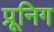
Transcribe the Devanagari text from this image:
प्रूनिग